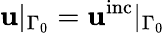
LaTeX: \mathbf{u}|_{\Gamma_{0}}=\mathbf{u}^{\mathrm{{inc}}}|_{\Gamma_{0}}